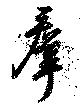
羣